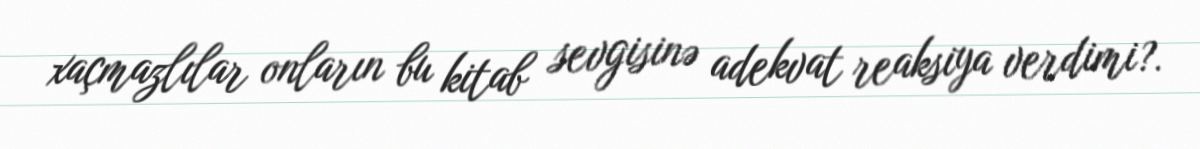
xaçmazlılar onların bu kitab sevgisinə adekvat reaksiya verdimi?.